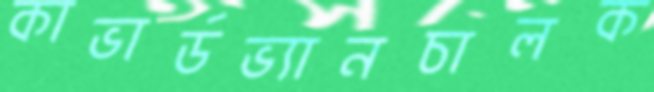
কাভার্ডভ্যানচালক